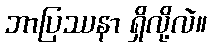
ဘာပြဿနာ ရှိလို့လဲ။